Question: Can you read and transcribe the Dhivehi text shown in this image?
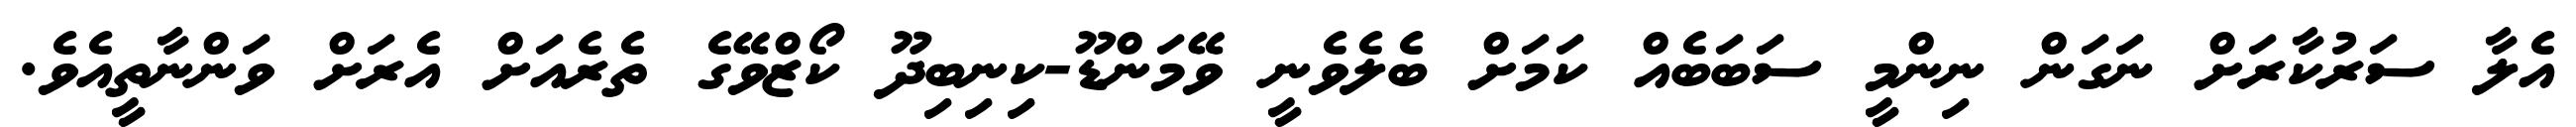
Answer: އެލާ ސަރުކާރަށް ނަގަން ނިންމީ ސަބަބެއް ކަމަށް ބެލެވެނީ ވޭމަންޑޫ-ކިނިބިދޫ ކޯޒްވޭގެ ތެރެއަށް އެރަށް ވަންނާތީއެވެ.